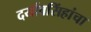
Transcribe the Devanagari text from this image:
दर्यावसिंहांचा